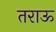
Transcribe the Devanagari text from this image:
तराऊ